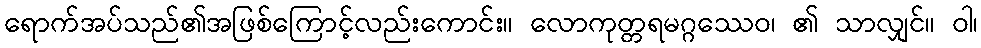
ရောက်အပ်သည်၏အဖြစ်ကြောင့်လည်းကောင်း။ လောကုတ္တရမဂ္ဂဿေဝ၊ ၏ သာလျှင်။ ဝါ၊